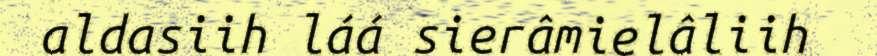
aldasiih láá sierâmielâliih